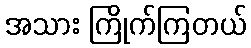
အသား ကြိုက်ကြတယ်